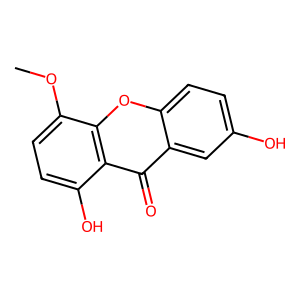
SMILES: COc1ccc(O)c2c(=O)c3cc(O)ccc3oc12
Inhibits HIV replication: No